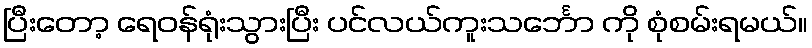
ပြီးတော့ ရေဝန်ရုံးသွားပြီး ပင်လယ်ကူးသင်္ဘော ကို စုံစမ်းရမယ်။